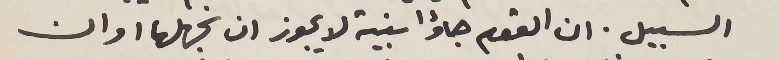
السبيل. ان القوم جاؤا بنية لا يجوز ان نجهلها او ان